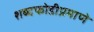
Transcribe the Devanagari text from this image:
शब्दफोडीप्रमाणे